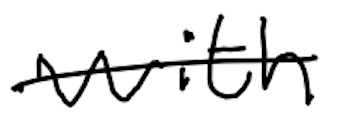
Text: with
Cross-out: single-line
Writing tool: digital_black